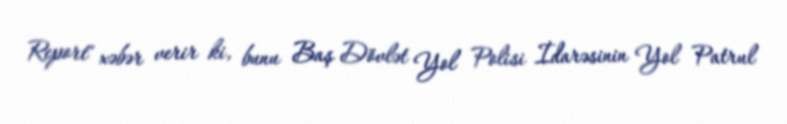
Report" xəbər verir ki, bunu Baş Dövlət Yol Polisi İdarəsinin Yol Patrul